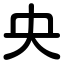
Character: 央